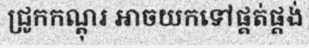
ជ្រូកកណ្តុរ អាចយកទៅផ្គត់ផ្គង់